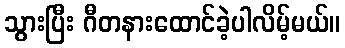
သွားပြီး ဂီတနားထောင်ခဲ့ပါလိမ့်မယ်။